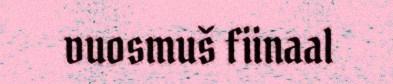
vuosmuš fiinaal